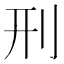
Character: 刑